画像に写った文字を読んでください
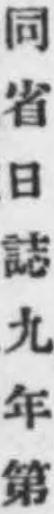
「同省日誌九年第」と書いてあります